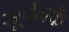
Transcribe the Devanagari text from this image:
सूर्पनकै